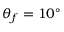
\theta _ { f } = 1 0 ^ { \circ }